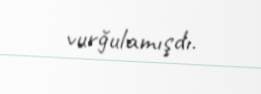
vurğulamışdı.